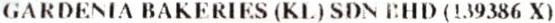
GARDENIA BAKERIES (KL) SDN BHD (139386 X)